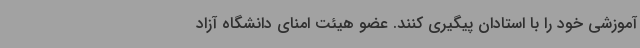
آموزشی خود را با استادان پیگیری کنند. عضو هیئت امنای دانشگاه آزاد